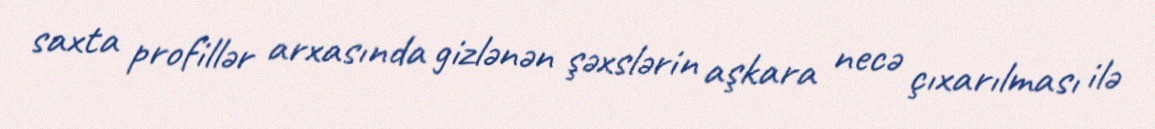
saxta profillər arxasında gizlənən şəxslərin aşkara necə çıxarılması ilə